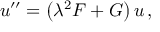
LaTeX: u ^ { \prime \prime } = \left( \lambda ^ { 2 } F + G \right) u \, ,